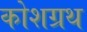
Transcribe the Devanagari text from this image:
कोशग्रथ